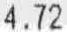
4.72